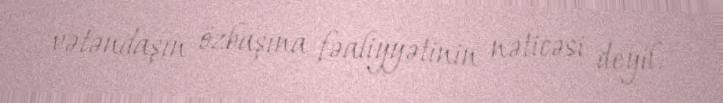
vətəndaşın özbaşına fəaliyyətinin nəticəsi deyil.